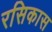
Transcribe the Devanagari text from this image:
रसिकास